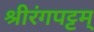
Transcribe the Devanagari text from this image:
श्रीरंगपट्टम्